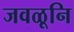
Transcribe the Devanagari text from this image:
जवळूनि